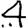
Digit: 4